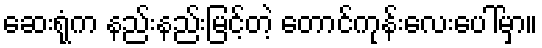
ဆေးရုံက နည်းနည်းမြင့်တဲ့ တောင်ကုန်းလေးပေါ်မှာ။